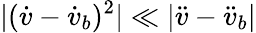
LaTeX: |(\dot{v}-\dot{v}_{b})^{2}|\ll|\ddot{v}-\ddot{v}_{b}|